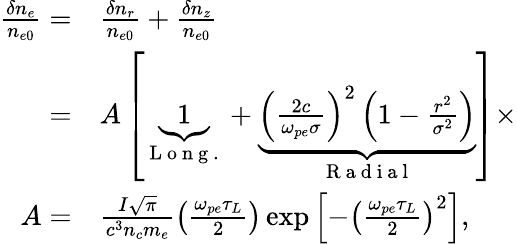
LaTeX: \begin{array}{rl}{\frac{\delta n_{e}}{n_{e0}}=}&{{}\frac{\delta n_{r}}{n_{e0}}+\frac{\delta n_{z}}{n_{e0}}}\\ {=}&{{}A\left[\underbrace{1}_{\mathrm{~L~o~n~g~.~}}+\underbrace{\left(\frac{2c}{\omega_{pe}\sigma}\right)^{2}\left(1-\frac{r^{2}}{\sigma^{2}}\right)}_{\mathrm{~R~a~d~i~a~l~}}\right]\times}\\ {A=}&{{}\frac{I\sqrt{\pi}}{c^{3}n_{c}m_{e}}\left(\frac{\omega_{pe}\tau_{L}}{2}\right)\exp\left[-\left(\frac{\omega_{pe}\tau_{L}}{2}\right)^{2}\right],}\end{array}